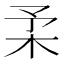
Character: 𣏗